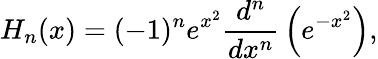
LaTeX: H_{n}(x)=(-1)^{n}e^{x^{2}}{\frac{d^{n}}{dx^{n}}}\left(e^{-x^{2}}\right),